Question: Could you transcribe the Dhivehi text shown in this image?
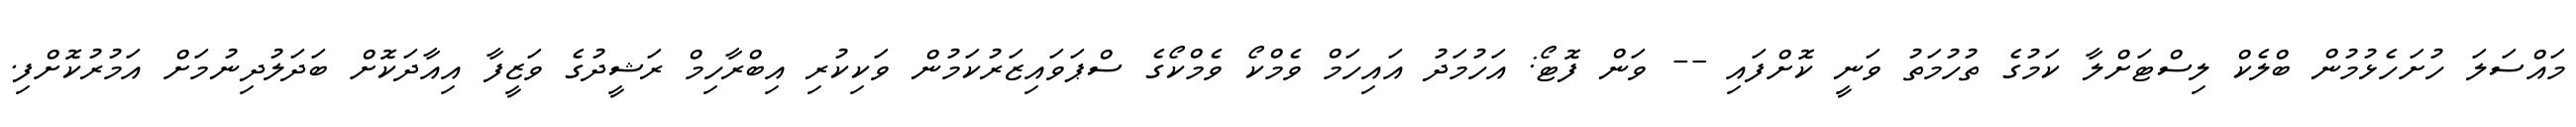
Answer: މައްސަލަ ހުށަހެޅުމުން ބްލެކް ލިސްޓަށްލާ ކަމުގެ ތުހުމަތު ވަނީ ކޮށްފައި -- ވަން ފޮޓޯ: އަހުމަދު އައިހަމް ވެމްކޯ ވެމްކޯގެ ސްޕަވައިޒަރުކަމުން ވަކިކުރި އިބްރާހިމް ރަޝީދުގެ ވަޒީފާ އިއާދަކޮށް ބަދަލުދިނުމަށް އަމުރުކޮށްފި.